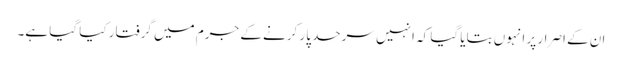
ان کے اصرار پر انہوں بتایا گیا کہ انہیں سرحد پار کرنے کے جرم میں گرفتار کیا گیا ہے۔